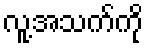
လူ့အသက်ကို